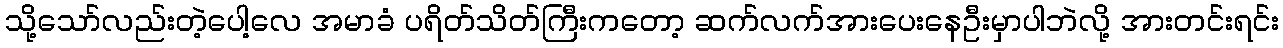
သို့သော်လည်းတဲ့ပေါ့လေ အမာခံ ပရိတ်သိတ်ကြီးကတော့ ဆက်လက်အားပေးနေဦးမှာပါဘဲလို့ အားတင်းရင်း